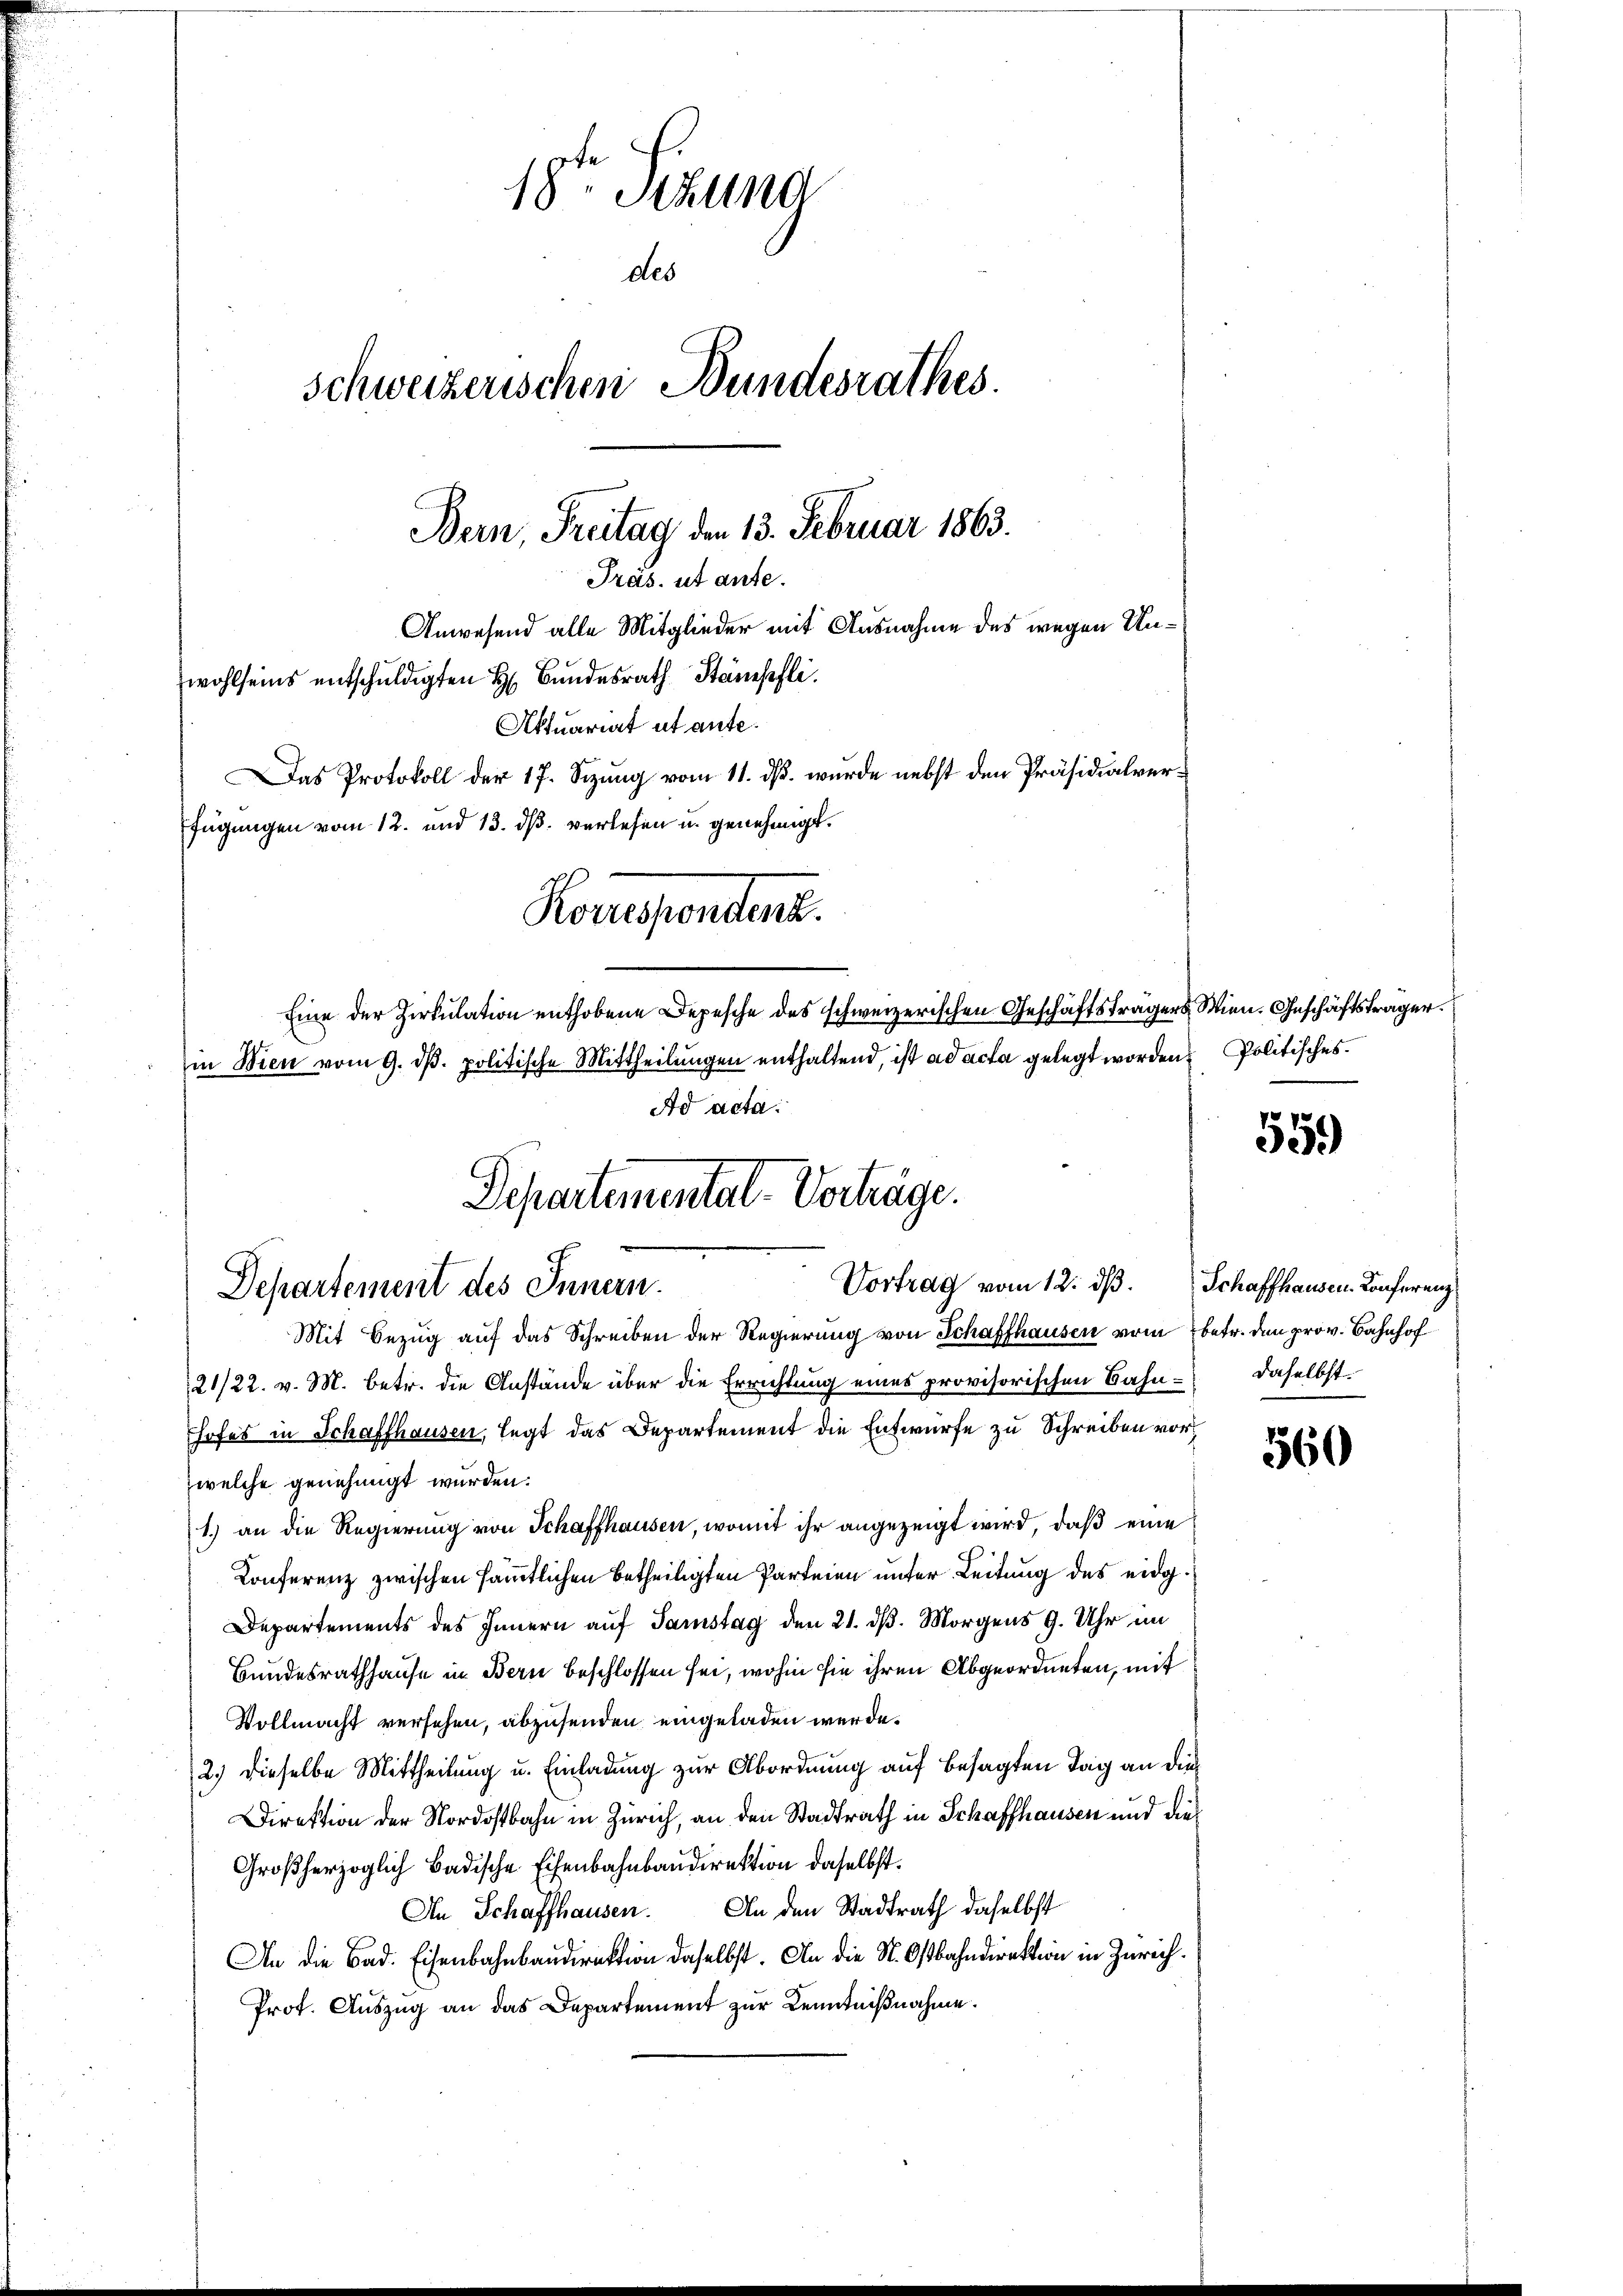
18ten Stund
des
Schweizerischen Bundesrathes.
Bern, Freitag den 13. Februar 1863.
Präs. ut ante.
Anwesend alle Mitglieder mit Ausnahme des wegen Unwohlseins entschuldigten H. Bundesrath Stämpfli
Aktuariat ut ante¬
Das Protokoll der 17. Sizung vom 11. ds. wurde nebst den Präsidialverfügungen vom 12. und 13. ds. verlesen u. genehmigt.

Korrespendant.

Eine der Zirkulation enthobene Depesche des schweizerischen Geschäftsträgers Wien. Geschäftsträger
in Wien vom 9. dβ. politische Mittheilungen enthaltend, ist ad acta gelegt worden Politisches
Ad acta

Departemental-Vorträge.
Vortrag vom 12. dβ. Schaffhausen Konferenz
Departement des Innern.
Mit Bezug auf das Schreiben der Regierung von Schaffhausen vom betr. den prov. Bahnhof

21/22. v. M. betr. die Anstände über die Errichtung eines provisorischen Bahn- daselbst.
hofes in Schaffhausen, legt das Departement die Entwurfe zu Schreiben vorwelche genehmigt wurden.
1.) an die Regierung von Schaffhausen, womit ihr angezeigt wird, daß eine
Konferenz zwischen sämmtlichen betheiligten Parteien unter Leitung des eidg¬
Departements des Innern auf Samstag den 21. dß. Morgens 9. Uhr im
Bundesrathhause in Bern beschlossen sei, wohin sie ihren Abgeordneten, mit
Vollmacht versehen, abzusenden eingeladen werde.
2.) dieselbe Mittheilung u. Einladung zur Abordnung auf besagten Tag an die
Direktion der Nordostbahn in Zürich, an den Stadtrath in Schaffhausen und dies
Großherzoglich Badische Eisenbahnbaudirektion daselbst.
An Schaffhausen. An den Stadtrath daselbst
An die Bad. Eisenbahnbaudirektion daselbst. An die St. Ostbahndirektion in Zürich.
Prot. Auszug an das Departement zur Kenntnißnahme.

559)

560